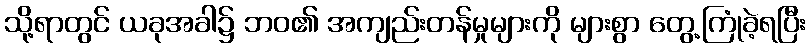
သို့ရာတွင် ယခုအခါ၌ ဘဝ၏ အကျည်းတန်မှုများကို များစွာ တွေ့ကြုံခဲ့ရပြီး